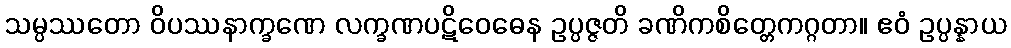
သမ္ပဿတော ဝိပဿနာက္ခဏေ လက္ခဏပဋိဝေဓေန ဥပ္ပဇ္ဇတိ ခဏိကစိတ္တေကဂ္ဂတာ။ ဧဝံ ဥပ္ပန္နာယ